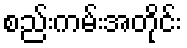
စည်းကမ်းအတိုင်း